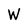
Character: W